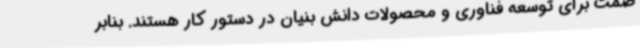
صمت برای توسعه فناوری و محصولات دانش بنیان در دستور کار هستند. بنابر